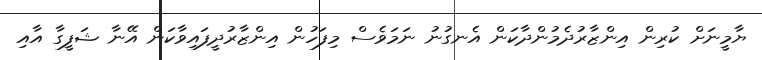
ޔާމީނަށް ކުރިން އިންޒާރުދެމުންދާކަން އެނގުނު ނަމަވެސް މިފަހުން އިންޒާރުދީފައިވާކަން އޭނާ ޝަފީގާ އާއި